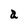
Character: a